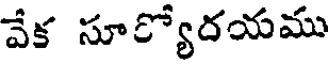
వేక సూర్యోదయము